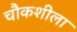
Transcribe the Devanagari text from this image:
चौकशीला